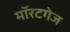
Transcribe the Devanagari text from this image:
मॉरटगेज